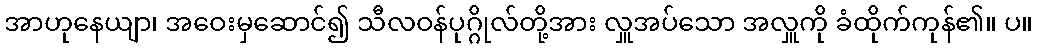
အာဟုနေယျာ၊ အဝေးမှဆောင်၍ သီလဝန်ပုဂ္ဂိုလ်တို့အား လှူအပ်သော အလှူကို ခံထိုက်ကုန်၏။ ပ။